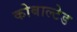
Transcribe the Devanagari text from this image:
कोबाल्टेड